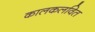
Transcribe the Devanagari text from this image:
कालकलवित